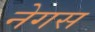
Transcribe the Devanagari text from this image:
नेगस